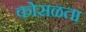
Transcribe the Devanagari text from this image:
कोसळता